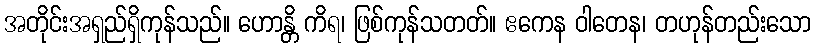
အတိုင်းအရှည်ရှိကုန်သည်။ ဟောန္တိ ကိရ၊ ဖြစ်ကုန်သတတ်။ ဧကေန ဝါတေန၊ တဟုန်တည်းသော